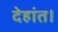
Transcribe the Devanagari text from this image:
देहांत।